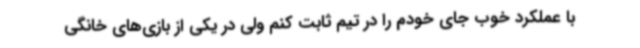
با عملکرد خوب جای خودم را در تیم ثابت کنم ولی در یکی از بازی‌های خانگی